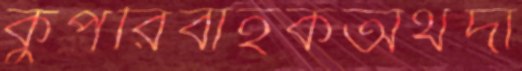
কুপরিবাহকঅর্থদা